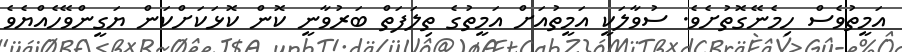
އަމީތުވެސް ހިމެނޭގޮތުށެވެ. ސުވާލަކީ އަމީތުއަށް އަމީތުގެ ތިލަފަތް ބަރުވާނީ ކޮން ކޮޅަކަށްކަން ޔަގީންވޭހެއްޔެވެ